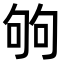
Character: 𠣪